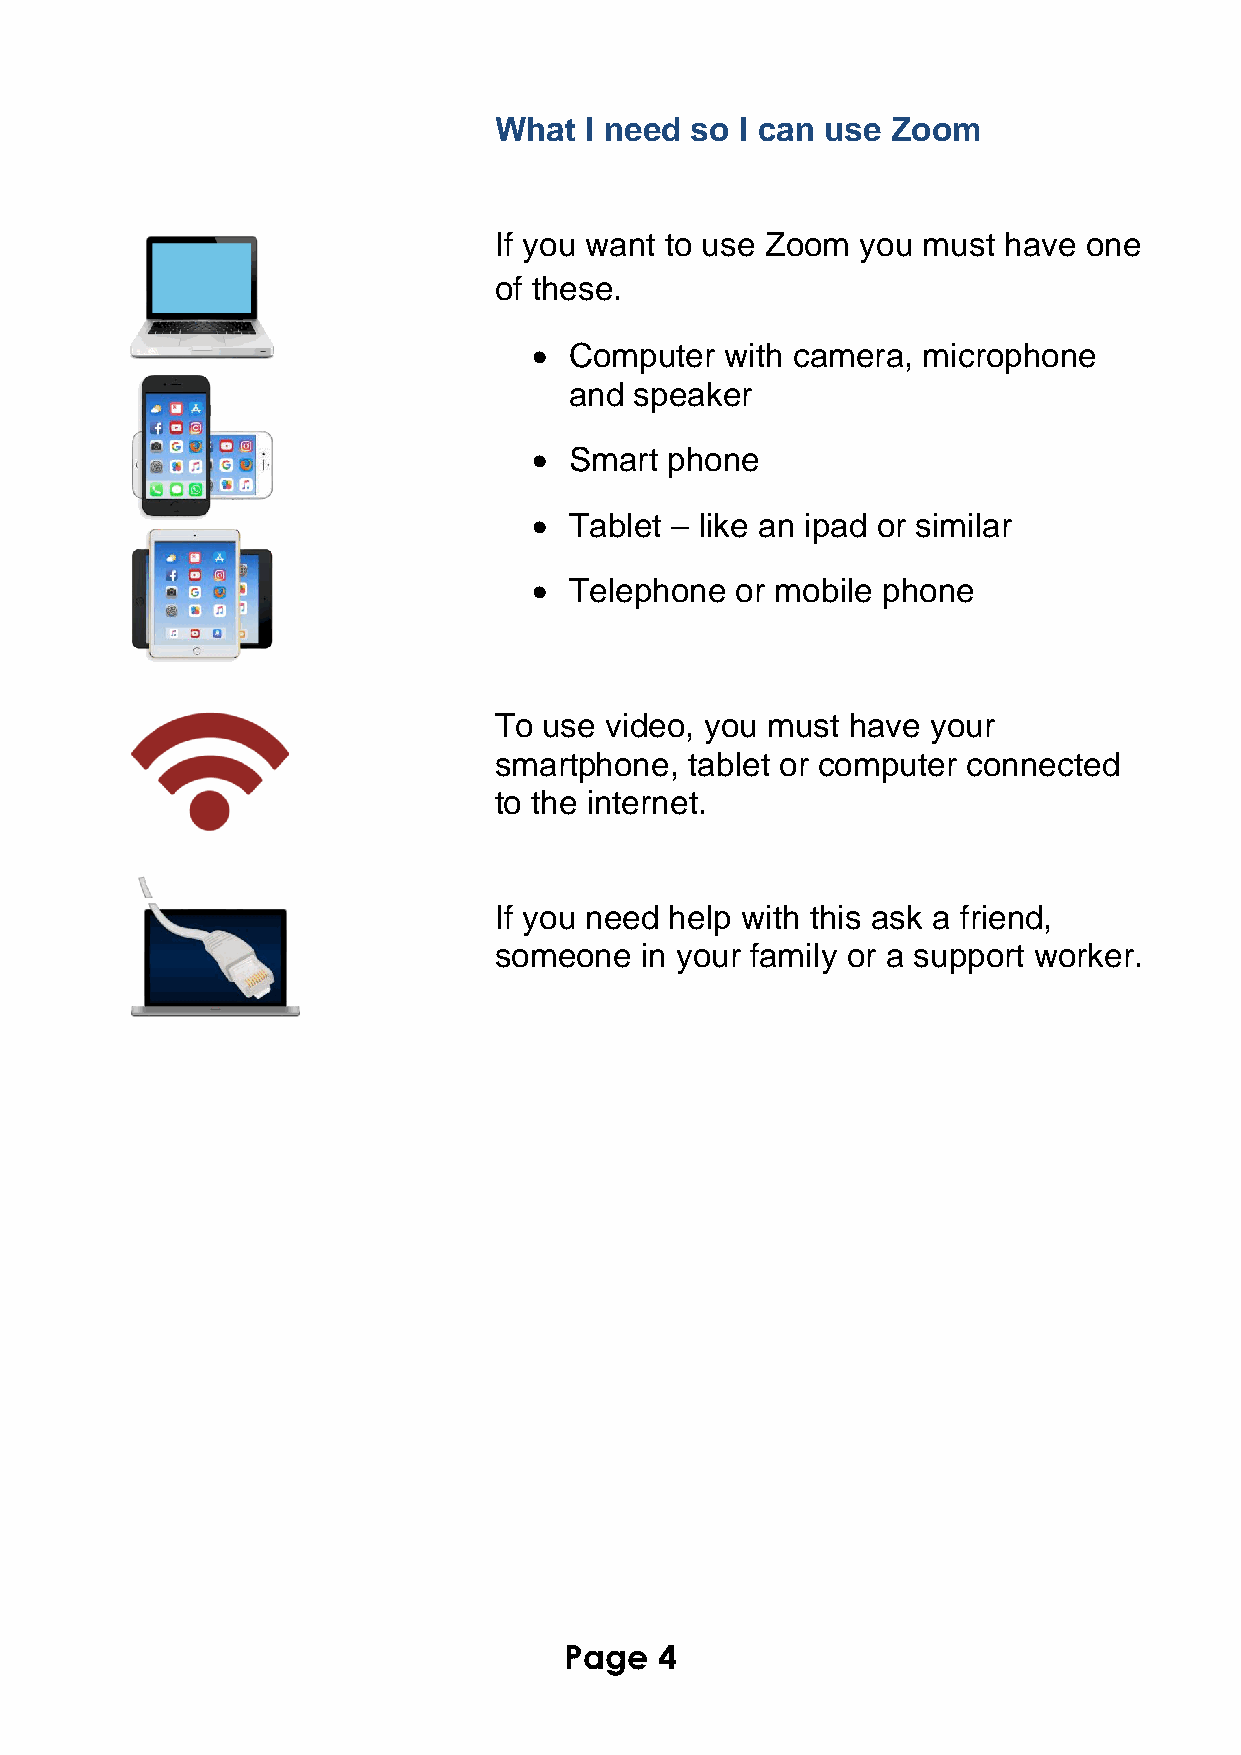
What  I need so I can use Zoom
 If you want to use Zoom you must have  one
 of these.
 •  Computer  with camera, microphone
 and speaker
 •  Smart phone
 •  Tablet – like an ipad or similar
 •  Telephone  or mobile phone
 To use video, you must have  your
 smartphone,  tablet or computer connected
 to the internet.
 If you need help with this ask a friend,
 someone  in your family or a support worker.
 Page   4